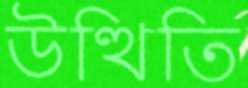
উত্থিতি